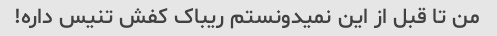
من تا قبل از این نمیدونستم ریباک کفش تنیس داره!